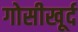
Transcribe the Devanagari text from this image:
गोसीखूर्द